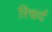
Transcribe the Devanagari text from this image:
रिचर्द